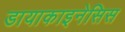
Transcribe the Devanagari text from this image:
डायाकाइनेसिस